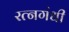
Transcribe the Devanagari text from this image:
रत्नगंधी